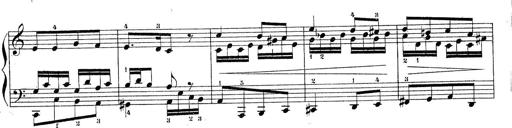
Title: Piano Sonatine No.2
Composer: Peter Piel
Key: G major